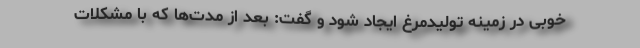
خوبی در زمینه تولیدمرغ ایجاد شود و گفت: بعد از مدت‌ها که با مشکلات